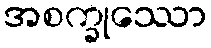
အစက္ခုဿော